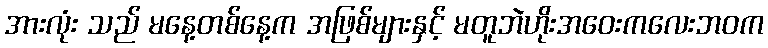
အားလုံး သည် မနေ့တစ်နေ့က အဖြစ်များနှင့် မတူဘဲဟိုးအဝေးကလေးဘဝက